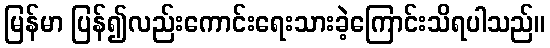
မြန်မာ ပြန်၍လည်းကောင်းရေးသားခဲ့ကြောင်းသိရပါသည်။